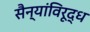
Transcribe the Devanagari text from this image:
सैन्यांविरूद्ध